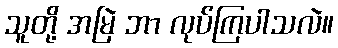
သူတို့ အမြဲ ဘာ လုပ်ကြပါသလဲ။